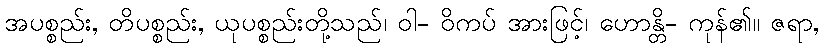
အပစ္စည်း, တိပစ္စည်း, ယုပစ္စည်းတို့သည်၊ ဝါ- ဝိကပ် အားဖြင့်၊ ဟောန္တိ- ကုန်၏။ ဇရာ,